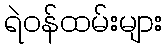
ရဲဝန်ထမ်းများ